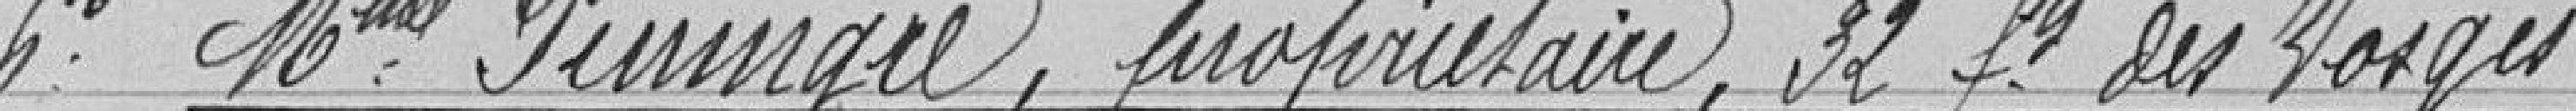
6° Madame PIMINGRE, propriétaire 32 faubourg des Vosges